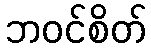
ဘဝင်စိတ်